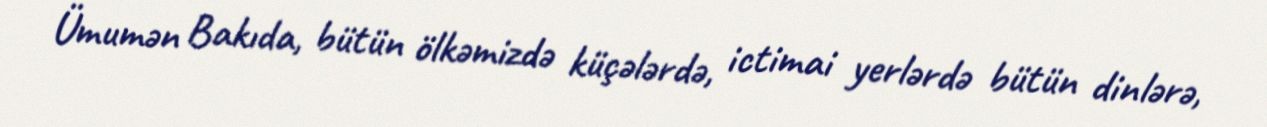
Ümumən Bakıda, bütün ölkəmizdə küçələrdə, ictimai yerlərdə bütün dinlərə,